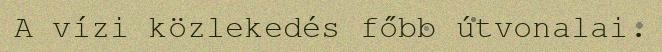
A vízi közlekedés főbb útvonalai.